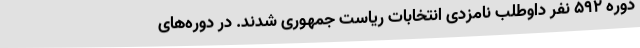
دوره ۵۹۲ نفر داوطلب نامزدی انتخابات ریاست جمهوری شدند. در دوره‌های